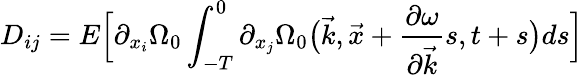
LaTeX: D_{ij}=E\Big[\partial_{{x}_{i}}\Omega_{0}\int_{-T}^{0}\partial_{{x}_{j}}\Omega_{0}\big(\vec{k},\vec{x}+\frac{\partial\omega}{\partial\vec{k}}s,t+s\big)ds\Big]